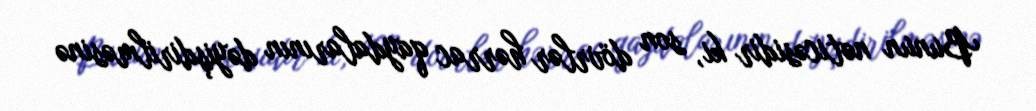
Bunun nəticəsidir ki, son dövrlər hərrac qaydalarının dəyişdirilməsinə